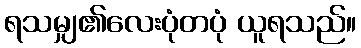
ရသမျှ၏လေးပုံတပုံ ယူရသည်။